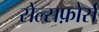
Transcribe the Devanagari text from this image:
सेल्सफ़ोर्स